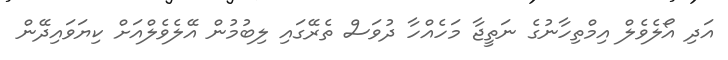
އަދި އޯލެވެލް އިމްތިހާނުގެ ނަތީޖާ މަހެއްހާ ދުވަސް ތެރޭގައި ލިބުމުން އޭލެވެލްއަށް ކިޔަވައިދޭން